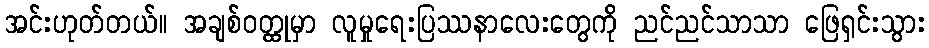
အင်းဟုတ်တယ်။ အချစ်ဝတ္ထုမှာ လူမှုရေးပြဿနာလေးတွေကို ညင်ညင်သာသာ ဖြေရှင်းသွား